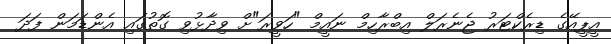
އީޕީއޭގެ ޑިރެކްޓަރު ޖެނެރަލް އިބްރާހިމް ނައީމް "ހަވީރަ"ށް ވިދާޅުވި ގޮތުގައި އެންޑަމަން ފަދަ